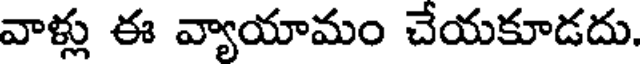
వాళ్లు ఈ వ్యాయామం చేయకూడదు.